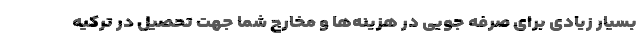
بسیار زیادی برای صرفه جویی در هزینه‌ها و مخارج شما جهت تحصیل در ترکیه